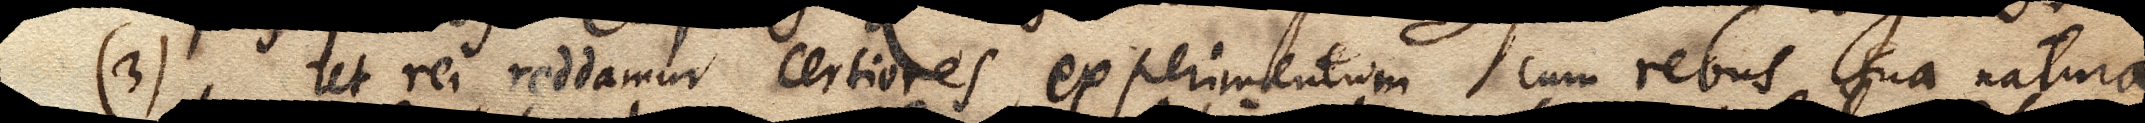
(3) Ut rei reddamur certiores, experimentum cum rebus sua natura